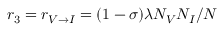
r _ { 3 } = r _ { V \rightarrow I } = ( 1 - \sigma ) \lambda N _ { V } N _ { I } / N